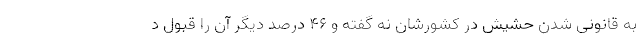
به قانونی شدن حشیش در کشورشان نه گفته و ۴۶ درصد دیگر آن را قبول د